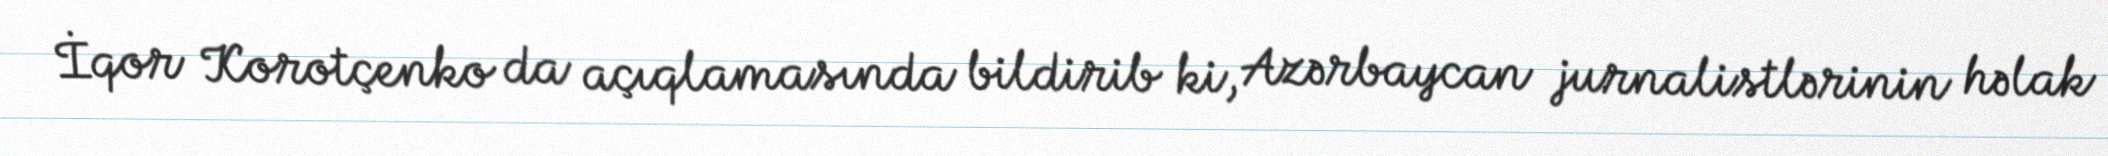
İqor Korotçenko da açıqlamasında bildirib ki, Azərbaycan jurnalistlərinin həlak